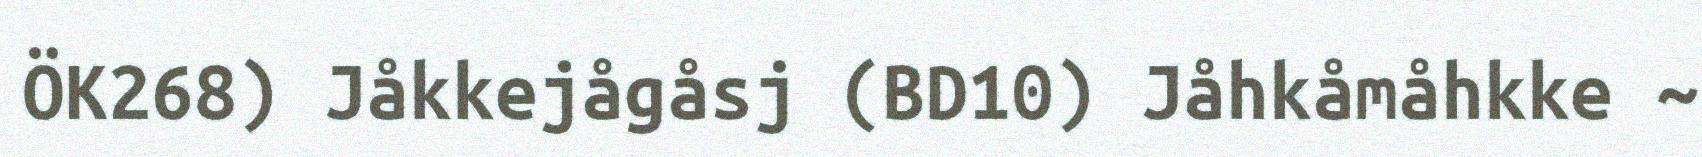
ÖK268) Jåkkejågåsj (BD10) Jåhkåmåhkke ~